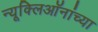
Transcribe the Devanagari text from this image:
न्यूक्लिऑनांच्या